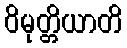
ဝိမုတ္တိယာတိ